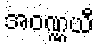
အဝဏ္ဏယီ